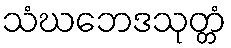
သံဃဘေဒသုတ္တံ